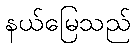
နယ်မြေသည်